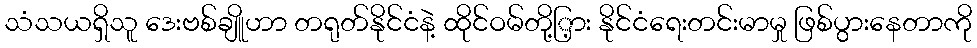
သံသယရှိသူ ဒေးဗစ်ချိူဟာ တရုတ်နိုင်ငံနဲ့ ထိုင်ဝမ်တို့ြ့ား နိုင်ငံရေးတင်းမာမှု ဖြစ်ပွားနေတာကို